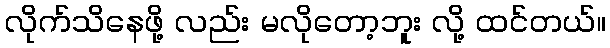
လိုက်သိနေဖို့ လည်း မလိုတော့ဘူး လို့ ထင်တယ်။